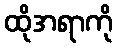
ထိုအရာကို